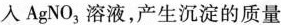
入AgNO_{3}溶液，产生沉淀的质量